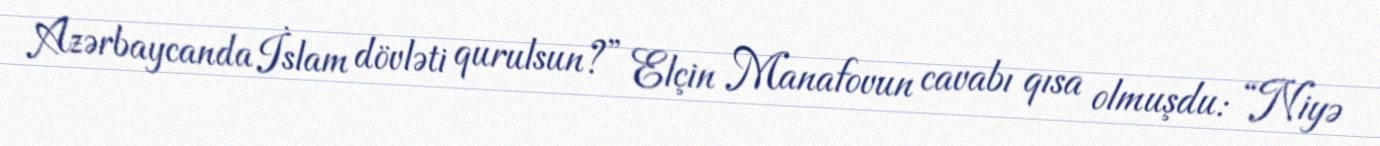
Azərbaycanda İslam dövləti qurulsun?” Elçin Manafovun cavabı qısa olmuşdu: “Niyə